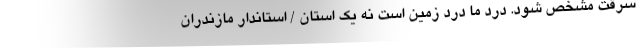
سرقت مشخص شود. درد ما درد زمین است نه یک استان / استاندار مازندران